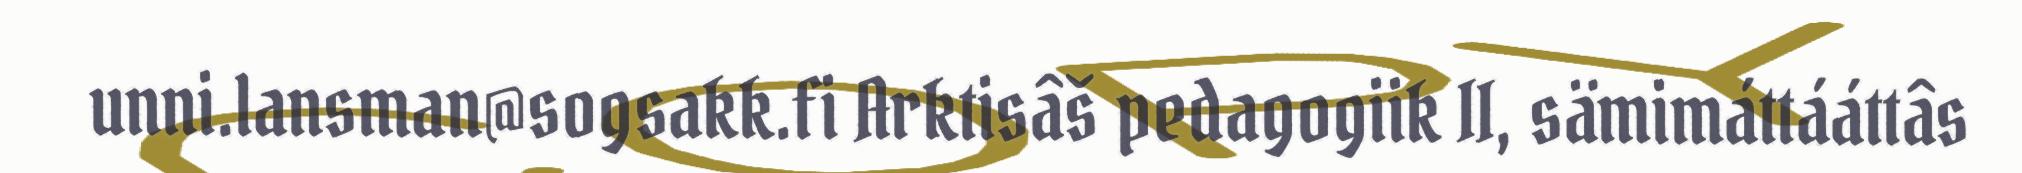
unni.lansman@sogsakk.fi Arktisâš pedagogiik II, sämimáttááttâs